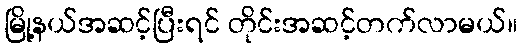
မြို့နယ်အဆင့်ပြီးရင် တိုင်းအဆင့်တက်လာမယ်။